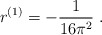
\begin{align*}r^ {(1)} = - \frac {1} {16 \pi^ 2} \ .\end{align*}